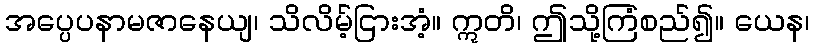
အပ္ပေပနာမဇာနေယျ၊ သိလိမ့်ငြားအံ့။ ဣတိ၊ ဤသို့ကြံစည်၍။ ယေန၊